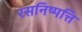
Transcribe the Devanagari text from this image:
रसनिष्पत्ति